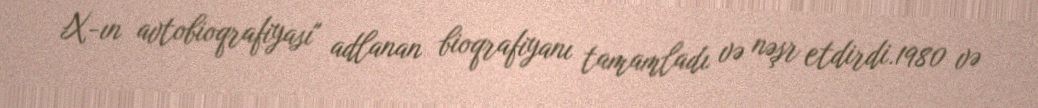
X-ın avtobioqrafiyası" adlanan bioqrafiyanı tamamladı və nəşr etdirdi.1980 və